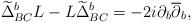
LaTeX: \begin{align*}\widetilde{\Delta}_{BC}^bL-L\widetilde{\Delta}_{BC}^b=-2i\partial_b\overline{\partial}_b,\end{align*}